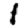
Digit: 1